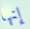
إنها